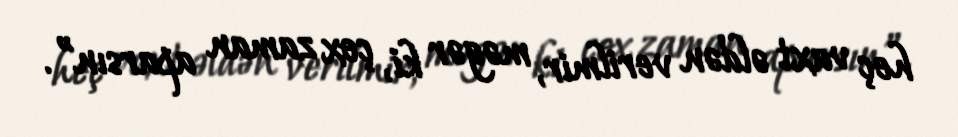
heç vaxt əldən verilmir, məgər ki, çox zaman aparsın”.